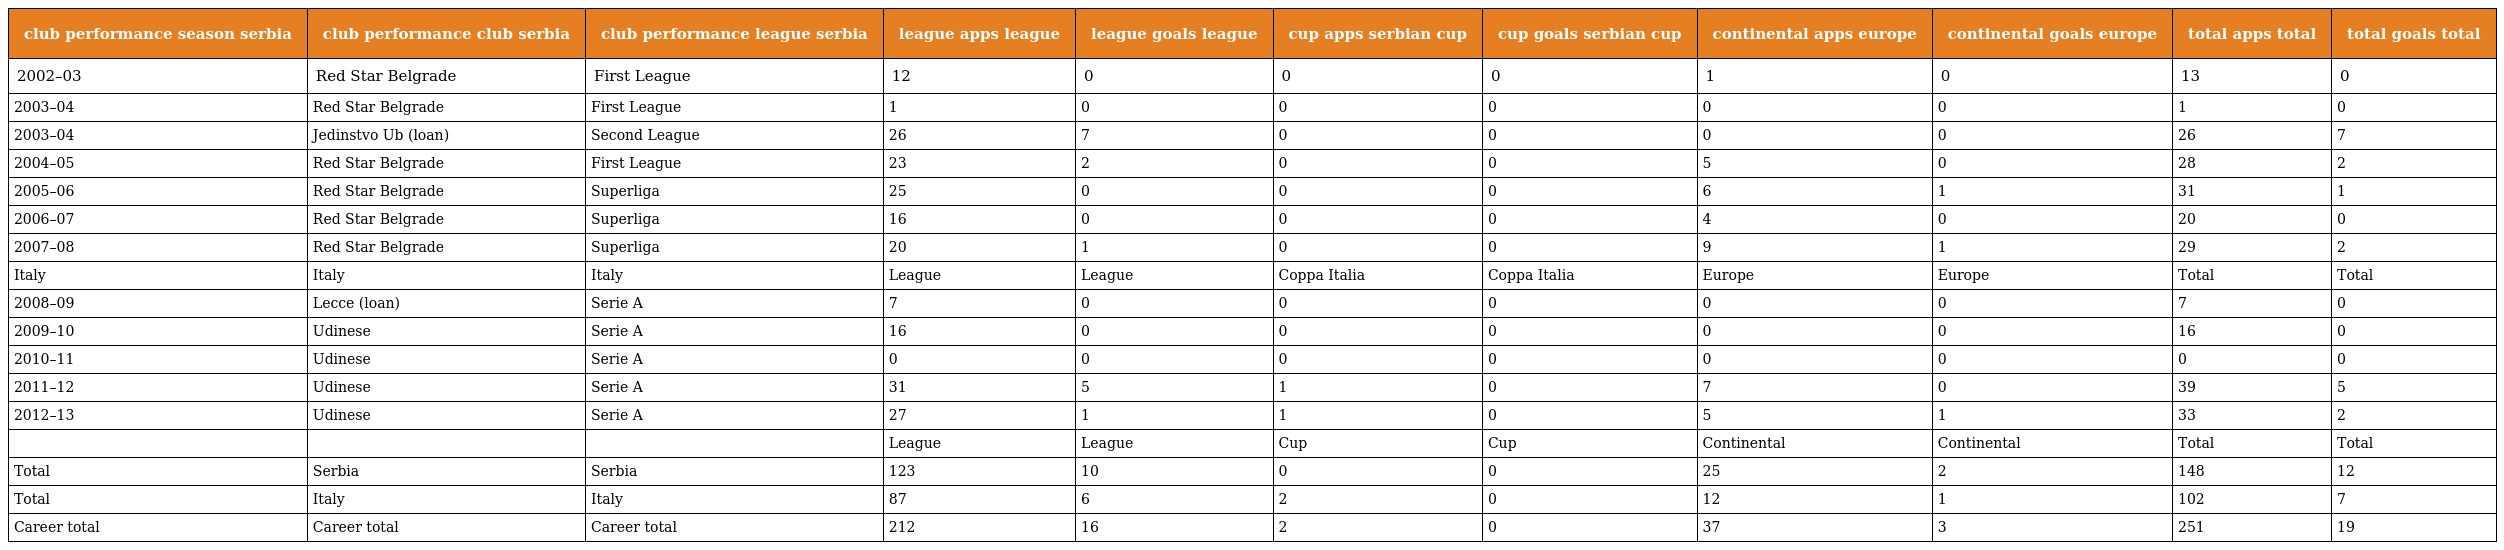
| club performance season serbia | club performance club serbia | club performance league serbia | league apps league | league goals league | cup apps serbian cup | cup goals serbian cup | continental apps europe | continental goals europe | total apps total | total goals total |
 | --- | --- | --- | --- | --- | --- | --- | --- | --- | --- | --- |
 | 2002–03 | Red Star Belgrade | First League | 12 | 0 | 0 | 0 | 1 | 0 | 13 | 0 |
 | 2003–04 | Red Star Belgrade | First League | 1 | 0 | 0 | 0 | 0 | 0 | 1 | 0 |
 | 2003–04 | Jedinstvo Ub (loan) | Second League | 26 | 7 | 0 | 0 | 0 | 0 | 26 | 7 |
 | 2004–05 | Red Star Belgrade | First League | 23 | 2 | 0 | 0 | 5 | 0 | 28 | 2 |
 | 2005–06 | Red Star Belgrade | Superliga | 25 | 0 | 0 | 0 | 6 | 1 | 31 | 1 |
 | 2006–07 | Red Star Belgrade | Superliga | 16 | 0 | 0 | 0 | 4 | 0 | 20 | 0 |
 | 2007–08 | Red Star Belgrade | Superliga | 20 | 1 | 0 | 0 | 9 | 1 | 29 | 2 |
 | Italy | Italy | Italy | League | League | Coppa Italia | Coppa Italia | Europe | Europe | Total | Total |
 | 2008–09 | Lecce (loan) | Serie A | 7 | 0 | 0 | 0 | 0 | 0 | 7 | 0 |
 | 2009–10 | Udinese | Serie A | 16 | 0 | 0 | 0 | 0 | 0 | 16 | 0 |
 | 2010–11 | Udinese | Serie A | 0 | 0 | 0 | 0 | 0 | 0 | 0 | 0 |
 | 2011–12 | Udinese | Serie A | 31 | 5 | 1 | 0 | 7 | 0 | 39 | 5 |
 | 2012–13 | Udinese | Serie A | 27 | 1 | 1 | 0 | 5 | 1 | 33 | 2 |
 |  |  |  | League | League | Cup | Cup | Continental | Continental | Total | Total |
 | Total | Serbia | Serbia | 123 | 10 | 0 | 0 | 25 | 2 | 148 | 12 |
 | Total | Italy | Italy | 87 | 6 | 2 | 0 | 12 | 1 | 102 | 7 |
 | Career total | Career total | Career total | 212 | 16 | 2 | 0 | 37 | 3 | 251 | 19 |